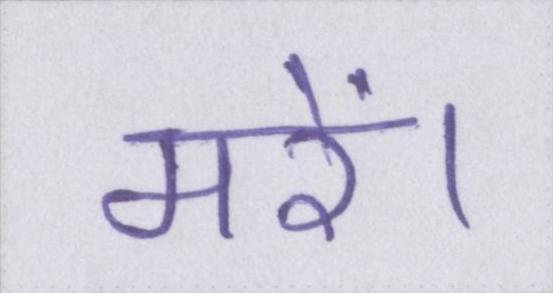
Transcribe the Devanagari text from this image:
मरें।